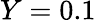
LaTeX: Y=0.1